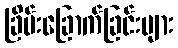
ခြိမ်းခြောက်ခြင်းများ